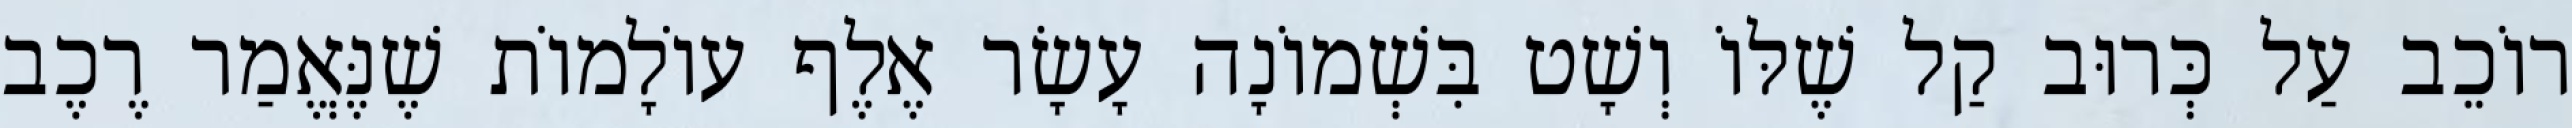
רוֹכֵב עַל כְּרוּב קַל שֶׁלּוֹ וְשָׁט בִּשְׁמוֹנָה עָשָׂר אֶלֶף עוֹלָמוֹת שֶׁנֶּאֱמַר רֶכֶב